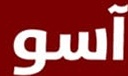
آسو